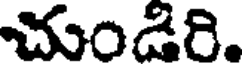
చుండిరి.